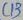
Text: C13